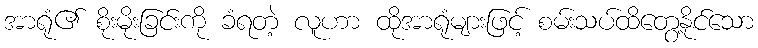
အာရုံ၏ စိုးမိုးခြင်းကို ခံရတဲ့ လူဟာ ထိုအာရုံများဖြင့် စမ်းသပ်ထိတွေ့နိုင်သော